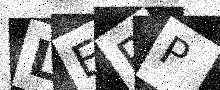
Text: LERP